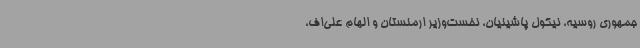
‌جمهوری روسیه، نیکول پاشینیان، نخست‌وزیر ارمنستان و الهام علی‌اف،